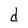
Character: d